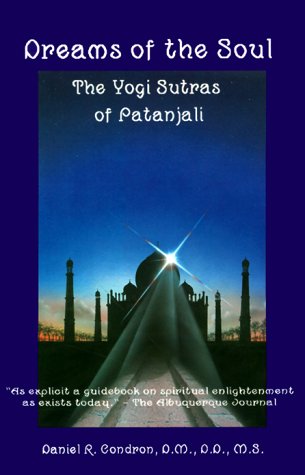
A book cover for Dreams of the Soul: The Yogi Sutras of Patanjali; Daniel R. Condron; Religion & Spirituality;